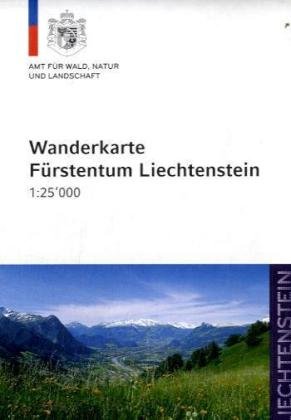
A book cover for Furstentum Liechtenstein; Travel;